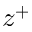
z ^ { + }